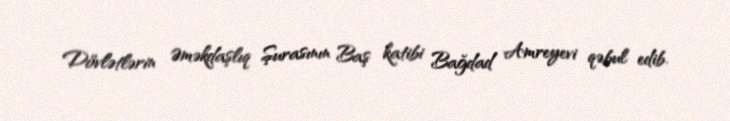
Dövlətlərin Əməkdaşlıq Şurasının Baş katibi Bağdad Amreyevi qəbul edib.